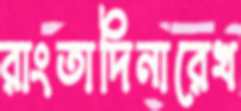
রাংতাদিনারেখ